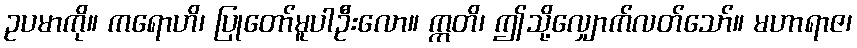
ဥပမာကို။ ကရောဟိ၊ ပြုတော်မူပါဦးလော။ ဣတိ၊ ဤသို့လျှောက်လတ်သော်။ မဟာရာဇ၊